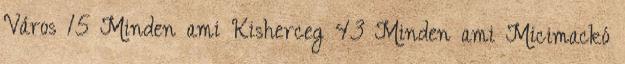
Város 15 Minden ami Kisherceg 43 Minden ami Micimackó